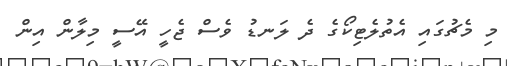
މި މެޗުގައި އެތުލެޓިކޯގެ ދެ ލަނޑު ވެސް ޖެހީ އޭސީ މިލާން އިން